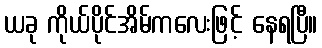
ယခု ကိုယ်ပိုင်အိမ်ကလေးဖြင့် နေရပြီ။